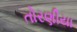
તોરણીયા